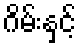
ဂိမ်းနှင့်